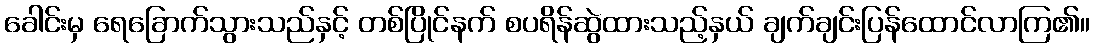
ခေါင်းမှ ရေခြောက်သွားသည်နှင့် တစ်ပြိုင်နက် စပရိန်ဆွဲထားသည့်နှယ် ချက်ချင်းပြန်ထောင်လာကြ၏။